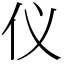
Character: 仪